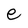
Character: e